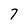
Character: 7